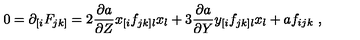
0 = \partial _ { [ i } F _ { j k ] } = 2 \frac { \partial a } { \partial Z } x _ { [ i } f _ { j k ] l } x _ { l } + 3 \frac { \partial a } { \partial Y } y _ { [ i } f _ { j k ] l } x _ { l } + a f _ { i j k } \ ,